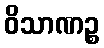
ဝိသာဏဉ္စ